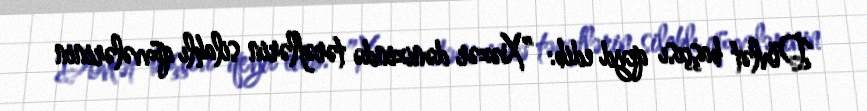
Dövlət başçısı qeyd edib: ”Xəzər dənizində tərəflərin silahlı qüvvələrinin